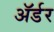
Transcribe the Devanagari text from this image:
ॲर्डर